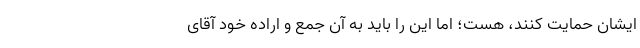
ایشان حمایت کنند، هست؛ اما این را باید به آن جمع و اراده خود آقای